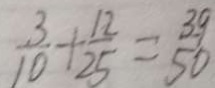
\frac { 3 } { 1 0 } + \frac { 1 2 } { 2 5 } = \frac { 3 9 } { 5 0 }